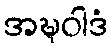
အဍ္ဎဝါဒံ